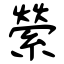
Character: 縈